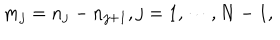
m _ { j } = n _ { j } - n _ { j + 1 } , j = 1 , \cdots , N - 1 ,